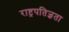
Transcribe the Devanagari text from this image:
राष्ट्रपतिज्ञता